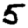
Digit: 5